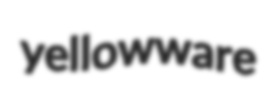
yellowware